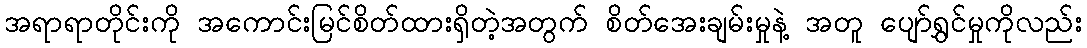
အရာရာတိုင်းကို အကောင်းမြင်စိတ်ထားရှိတဲ့အတွက် စိတ်အေးချမ်းမှုနဲ့ အတူ ပျော်ရွှင်မှုကိုလည်း